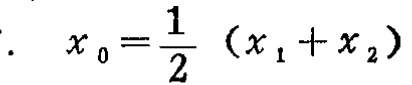
\(x_{0}=\frac{1}{2}(x_{1}+x_{2})\)